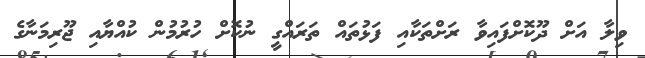
ވިލާ އަށް ދޫކޮށްފައިވާ ރަށްތަކާއި ފަޅުތައް ތަރައްގީ ނުކޮށް ހުރުމުން ކުއްޔާއި ޖޫރިމަނާގެ